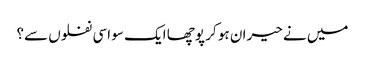
میں نے حیران ہو کر پوچھا ایک سو اسی نفلوں سے؟